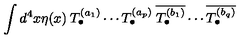
\int d ^ { 4 } x \eta ( x ) \: T _ { \bullet } ^ { ( a _ { 1 } ) } \cdots T _ { \bullet } ^ { ( a _ { p } ) } \: \overline { { T _ { \bullet } ^ { ( b _ { 1 } ) } } } \cdots \overline { { T _ { \bullet } ^ { ( b _ { q } ) } } }